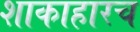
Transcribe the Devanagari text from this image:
शाकाहारच